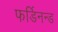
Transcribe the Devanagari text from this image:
फर्डिनन्ड